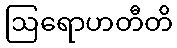
ဩရောဟတီတိ